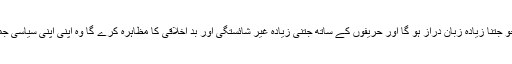
سامنے کی بات تو یہ ہے کہ جو جتنا زیادہ زبان دراز ہو گا اور حریفوں کے ساتھ جتنی زیادہ غیر شائستگی اور بد اخلاقی کا مظاہرہ کرے گا وہ اپنی اپنی سیاسی جماعتوں میں اتنا ہی معتبر ہو گا۔